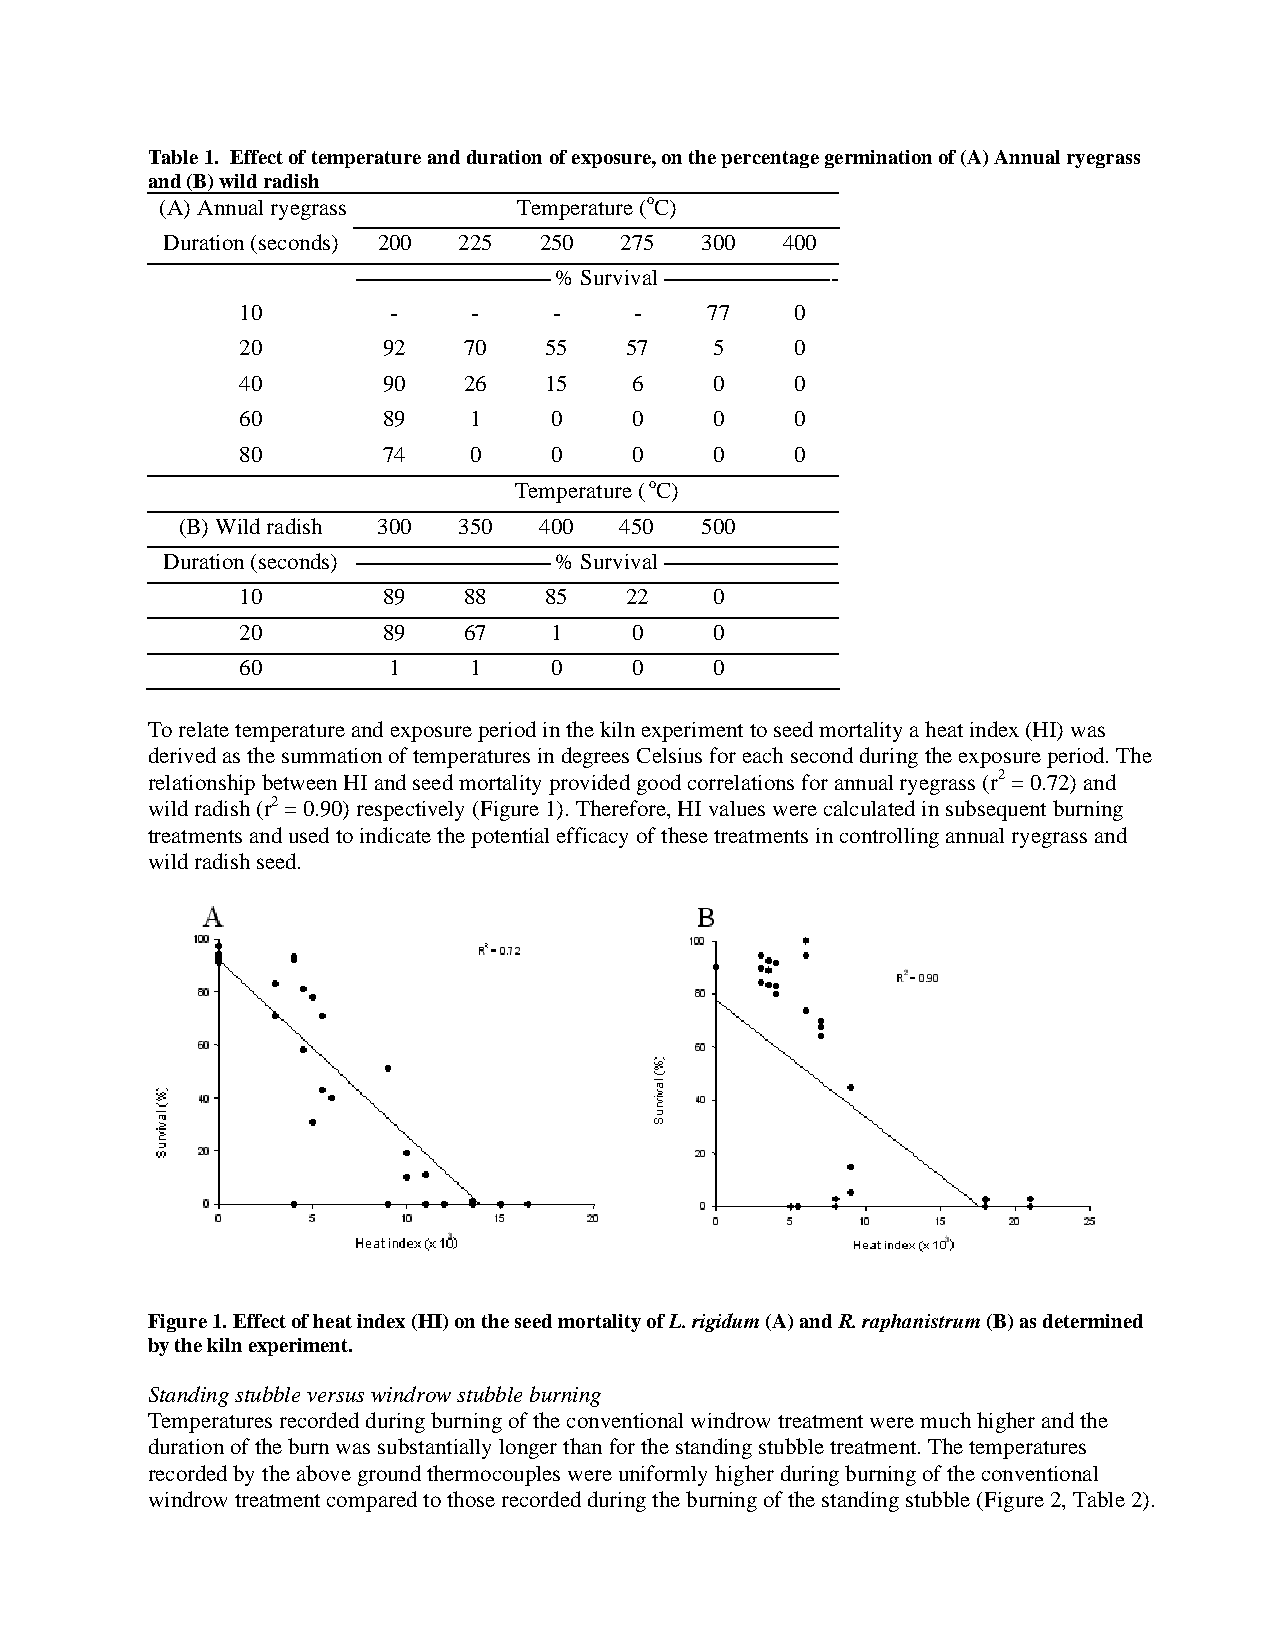
Table 1. Effect of temperature and duration of exposure, on the percentage germination of (A) Annual ryegrass
 and (B) wild radish
 (A) Annual ryegrass    Temperature (oC)
 Duration (seconds) 200 225 250 275 300   400
 % Survival        -
 10        -    -     -    -    77    0
 20       92    70   55   57    5     0
 40       90    26   15    6    0     0
 60       89    1    0     0    0     0
 80       74    0    0     0    0     0
 Temperature (oC)
 (B) Wild radish 300 350 400  450  500
 Duration (seconds)        % Survival        -
 10       89    88   85   22    0
 20       89    67   1     0    0
 60        1    1    0     0    0
 To relate temperature and exposure period in the kiln experiment to seed mortality a heat index (HI) was
 derived as the summation of temperatures in degrees Celsius for each second during the exposure period. The
 relationship between HI and seed mortality provided good correlations for annual ryegrass (r2 = 0.72) and
 wild radish (r2 = 0.90) respectively (Figure 1). Therefore, HI values were calculated in subsequent burning
 treatments and used to indicate the potential efficacy of these treatments in controlling annual ryegrass and
 wild radish seed.
 Figure 1. Effect of heat index (HI) on the seed mortality of L. rigidum (A) and R. raphanistrum (B) as determined
 by the kiln experiment.
 Standing stubble versus windrow stubble burning
 Temperatures recorded during burning of the conventional windrow treatment were much higher and the
 duration of the burn was substantially longer than for the standing stubble treatment. The temperatures
 recorded by the above ground thermocouples were uniformly higher during burning of the conventional
 windrow treatment compared to those recorded during the burning of the standing stubble (Figure 2, Table 2).